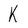
Character: K